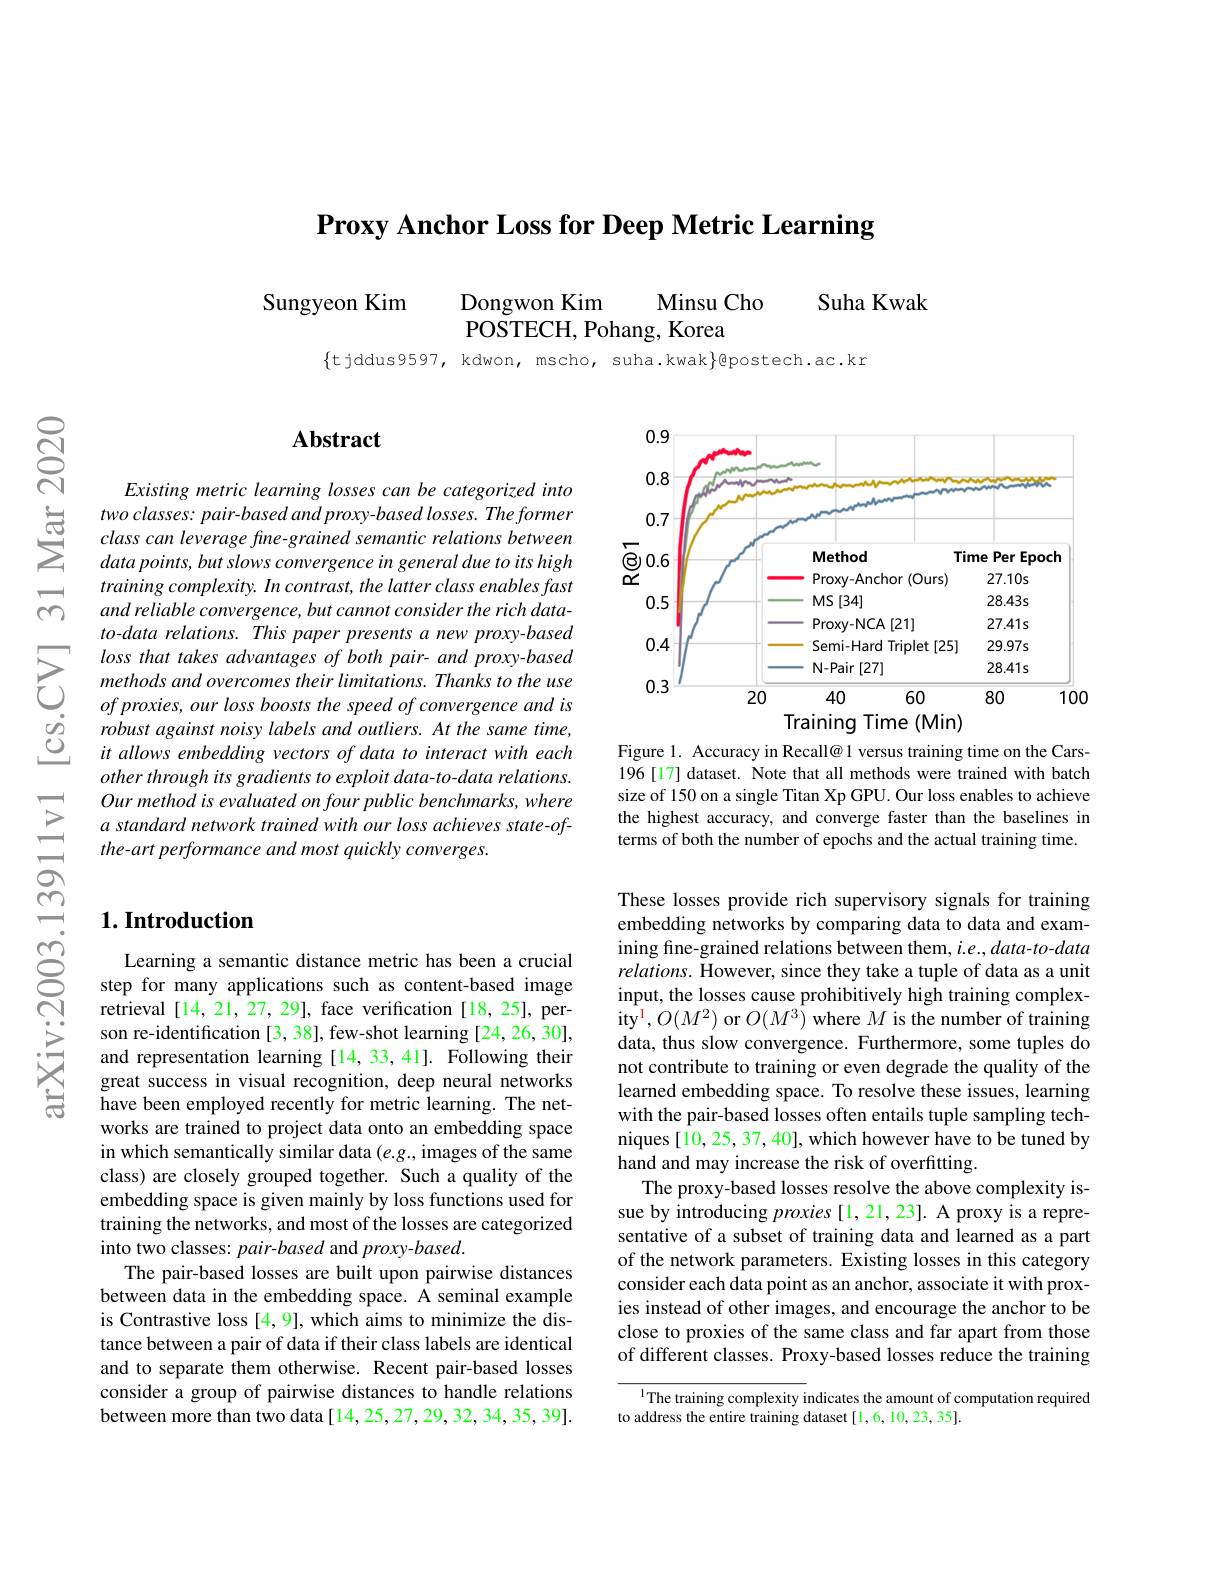
$\textbf{Proxy Anchor Loss for Deep Metric Learning}$

Sungyeon Kim
Minsu Cho
Suha Kwak
Dongwon Kim
$\bar{\text{POSTECH, Pohang, Korea}}$

$\{$tjddus9597, kdwon, mscho, suha.kwak$\}$@postech.ac.kr

## Abstract

Existing metric learning losses can be categorized into two classes: pair- based and proxy- based losses. The former class can leverage fine- grained semantic relations between $datapoints,butslowsconvergenceingeneralduetoitshigh$ training $complexity. In$ $contrast, the$ latter class enables fast and reliable convergence, but cannot consider the rich datato-data relations. This paper presents a new proxy-based loss that takes advantages of both pair- and proxy-based methods and overcomes their limitations. Thanks to the use of proxies, our loss boosts the speed of convergence and is robust against noisy labels and outliers. At the same time, it allows embedding vectors of data to interact with each other through its gradients to exploit data-to-data relations. Our method is evaluated on four public benchmarks, where a standard network trained with our loss achieves state-ofthe-art performance and most quickly converges.

## $1. \textbf{Introduction}$

Learning a semantic distance metric has been a crucial step for many applications such as content-based image retrieval [14,21,27,29], face verification [18,25], person re-identification [3, 38], few-shot learning [24, 26, 30], and representation learning [14,33,41]. Following their great success in visual recognition, deep neural networks have been employed recently for metric learning. The networks are trained to project data onto an embedding space in which semantically similar data $(e.g.$, images of the same class) are closely grouped together. Such a quality of the embedding space is given mainly by loss functions used for training the networks, and most of the losses are categorized into two classes: pair-based and proxy-based.
The pair-based losses are built upon pairwise distances between data in the embedding space. A seminal example is Contrastive loss [4,9], which aims to minimize the distance between a pair of data if their class labels are identical and to separate them otherwise. Recent pair-based losses consider a group of pairwise distances to handle relations between more than two data[14,25,27,29,32,34,35,39].

<FigureHere>

Figure 1. Accuracy in Recall@ 1 versus training time on the Cars- 196[17] dataset. Note that all methods were trained with batch size of 150 on a single Titan Xp GPU. Our loss enables to achieve the highest accuracy, and converge faster than the baselines in terms of both the number of epochs and the actual training time.

These losses provide rich supervisory signals for training embedding networks by comparing data to data and examining fine-grained relations between them, $i.e.,data$-to-data relations. However, since they take a tuple of data as a unit input, the losses cause prohibitively high training complex- ${\mathrm{ity}^{1},O(M^{2})\mathrm{~or~}O(M^{3})\mathrm{~where~}M\mathrm{~is~the~number~of~training}}$ data, thus slow convergence. Furthermore, some tuples do not contribute to training or even degrade the quality of the learned embedding space. To resolve these issues, learning with the pair-based losses often entails tuple sampling techniques [10,25,37,40], which however have to be tuned by hand and may increase the risk of overfitting.
The proxy-based losses resolve the above complexity issue by introducing proxies[1,21,23]. A proxy is a representative of a subset of training data and learned as a part of the network parameters. Existing losses in this category consider each data point as an anchor, associate it with proxies instead of other images, and encourage the anchor to be close to proxies of the same class and far apart from those of different classes. Proxy-based losses reduce the training

$^{1}$The training complexity indicates the amount of computation required
to address the entire training dataset [1,6,10,23,35].